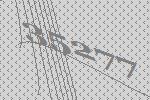
35277